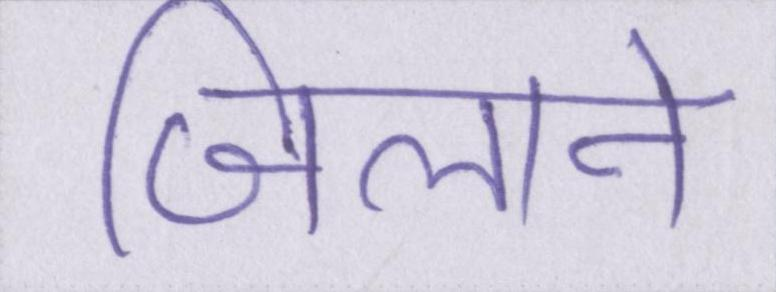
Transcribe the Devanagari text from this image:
जिलाने